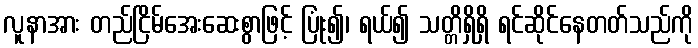
လူနာအား တည်ငြိမ်အေးဆေးစွာဖြင့် ပြုံး၍၊ ရယ်၍ သတ္တိရှိရှိ ရင်ဆိုင်နေတတ်သည်ကို